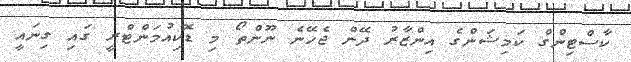
ކާސްޓިންގް ކަމިޝަންގެ އިންޒާރު ދޭން ޖެހޭނެ ނޫންތޯ މި ޑޮކިއުމަންޓްރީ ގައި ގިނައީ